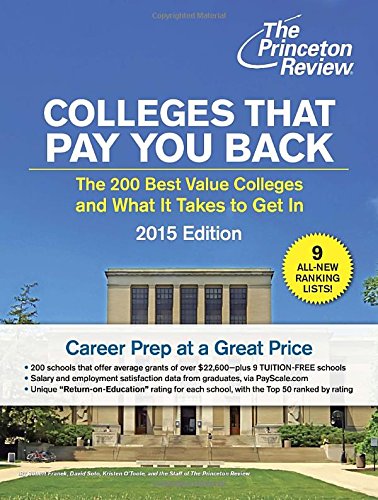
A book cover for Colleges That Pay You Back: The 200 Best Value Colleges and What It Takes to Get In (College Admissions Guides); Princeton Review; Education & Teaching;